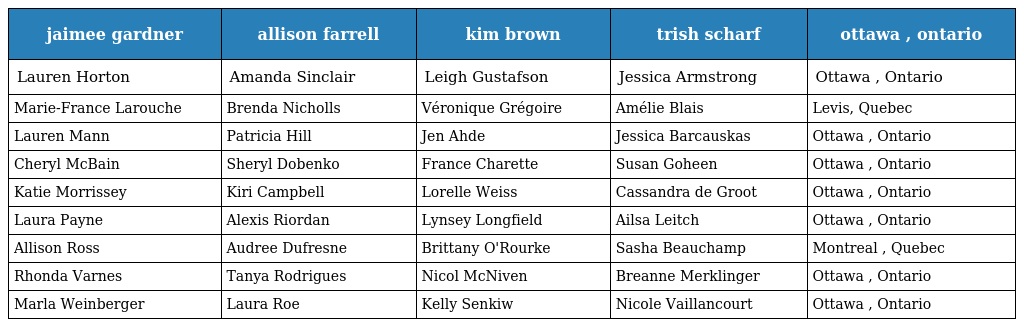
| jaimee gardner | allison farrell | kim brown | trish scharf | ottawa , ontario |
 | --- | --- | --- | --- | --- |
 | Lauren Horton | Amanda Sinclair | Leigh Gustafson | Jessica Armstrong | Ottawa , Ontario |
 | Marie-France Larouche | Brenda Nicholls | Véronique Grégoire | Amélie Blais | Levis, Quebec |
 | Lauren Mann | Patricia Hill | Jen Ahde | Jessica Barcauskas | Ottawa , Ontario |
 | Cheryl McBain | Sheryl Dobenko | France Charette | Susan Goheen | Ottawa , Ontario |
 | Katie Morrissey | Kiri Campbell | Lorelle Weiss | Cassandra de Groot | Ottawa , Ontario |
 | Laura Payne | Alexis Riordan | Lynsey Longfield | Ailsa Leitch | Ottawa , Ontario |
 | Allison Ross | Audree Dufresne | Brittany O'Rourke | Sasha Beauchamp | Montreal , Quebec |
 | Rhonda Varnes | Tanya Rodrigues | Nicol McNiven | Breanne Merklinger | Ottawa , Ontario |
 | Marla Weinberger | Laura Roe | Kelly Senkiw | Nicole Vaillancourt | Ottawa , Ontario |